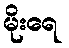
မိုးရေ